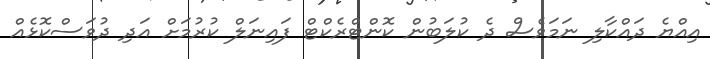
އިއްޔެ ދައްކާލި ނަމަވެސް ދެ ކުލަބުން ކޮންޓްރެކްޓް ފައިނަލް ކުރުމަށް އަދި ދުވަސްކޮޅެއް